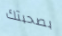
بصحبتك